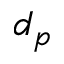
d _ { p }